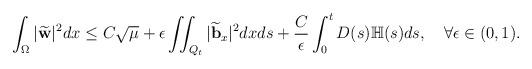
LaTeX: \begin{align*} & \int_\Omega |\widetilde{\mathbf{w}}|^2dx \leq C\sqrt{\mu} +\epsilon\iint_{Q_t} |\widetilde{\mathbf{b}}_x|^2 dxds + \frac{C}{\epsilon}\int_0^tD(s)\mathbb{H}(s)ds,\quad\forall \epsilon \in (0, 1). \end{align*}